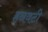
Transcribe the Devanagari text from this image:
हनवटी